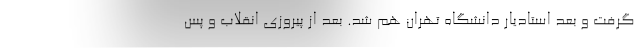
گرفت و بعد استادیار دانشگاه تهران هم شد. بعد از پیروزی انقلاب و پس